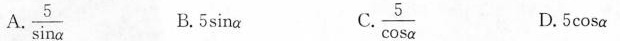
A. \frac{5}{\sinα} B.5\sinα C. \frac{5}{\cos α} D.5cosα